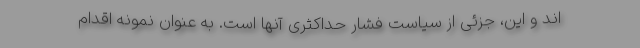
اند و این، جزئی از سیاست فشار حداکثری آنها است. به عنوان نمونه اقدام